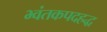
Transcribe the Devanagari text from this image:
भ्वंतकपदहद्ध